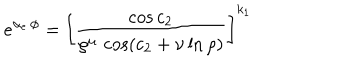
LaTeX: e ^ { \alpha _ { e } \, \phi } = \left[ { \frac { \cos { c _ { 2 } } } { \rho ^ { \mu } \, \cos ( { c _ { 2 } + \nu \ln \rho ) } } } \right] ^ { k _ { 1 } }